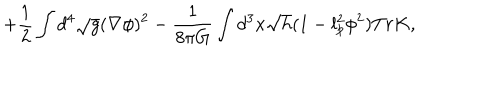
LaTeX: + \frac { 1 } { 2 } \int d ^ { 4 } \sqrt { g } ( \nabla \phi ) ^ { 2 } - \frac { 1 } { 8 \pi G } \int d ^ { 3 } x \sqrt { h } ( 1 - l _ { p } ^ { 2 } \phi ^ { 2 } ) T r K ,